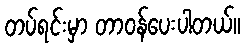
တပ်ရင်းမှာ တာဝန်ပေးပါတယ်။